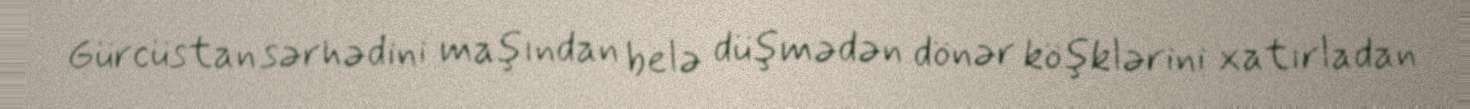
Gürcüstan sərhədini maşından belə düşmədən dönər köşklərini xatırladan